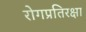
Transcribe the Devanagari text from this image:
रोगप्रतिरक्षा